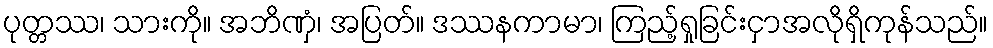
ပုတ္တဿ၊ သားကို။ အဘိဏှံ၊ အပြတ်။ ဒဿနကာမာ၊ ကြည့်ရှုခြင်းငှာအလိုရှိကုန်သည်။